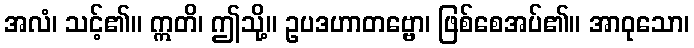
အလံ၊ သင့်၏။ ဣတိ၊ ဤသို့။ ဥပဒဟာတဗ္ဗော၊ ဖြစ်စေအပ်၏။ အာဝုသော၊